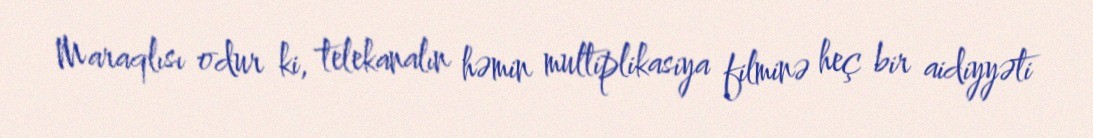
Maraqlısı odur ki, telekanalın həmin multiplikasiya filminə heç bir aidiyyəti